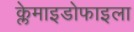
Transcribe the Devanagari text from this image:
क्लेमाइडोफाइला